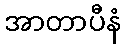
အာတာပီနံ